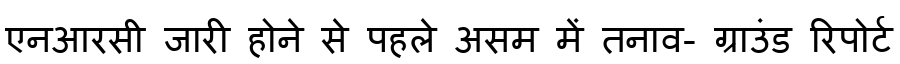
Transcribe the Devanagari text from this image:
एनआरसी जारी होने से पहले असम में तनाव- ग्राउंड रिपोर्ट